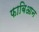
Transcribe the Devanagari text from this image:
फाबिआन